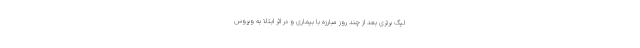
لیگ برتری بعد از چند روز مبارزه با بیماری و در اثر ابتلا به ویروس